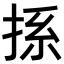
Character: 𢭁